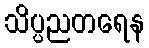
သိပ္ပညတရေန